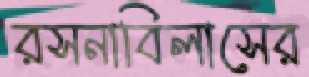
রসনাবিলাসের